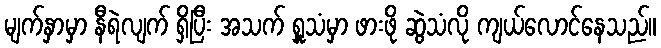
မျက်နှာမှာ နီရဲလျက် ရှိပြီး အသက် ရှူသံမှာ ဖားဖို ဆွဲသံလို ကျယ်လောင်နေသည်။